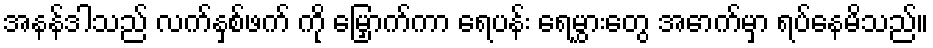
အနန်ဒါသည် လက်နှစ်ဖက် ကို မြှောက်ကာ ရေပန်း ရေမွှားတွေ အောက်မှာ ရပ်နေမိသည်။